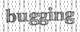
bugging